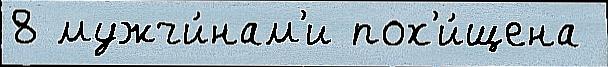
8 мужчи́нам'и пох'и́щена